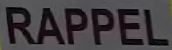
RAPPEL